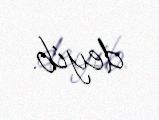
deyib.